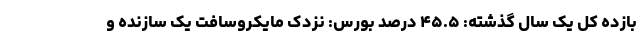
بازده کل یک سال گذشته: ۴۵.۵ درصد بورس: نزدک مایکروسافت یک سازنده و